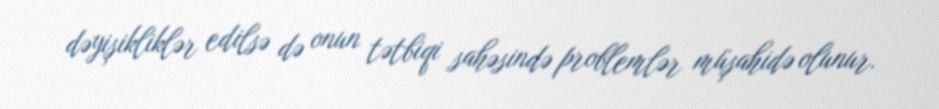
dəyişikliklər edilsə də onun tətbiqi sahəsində problemlər müşahidə olunur.